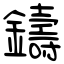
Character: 鑄